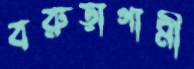
বরুড়াগামী